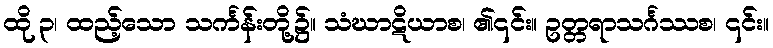
ထို ၃၊ ထည့်သော သင်္ကန်းတို့၌။ သံဃာဋိယာစ၊ ၏၎င်း။ ဥတ္တရာသင်္ဂဿစ၊ ၎င်း။